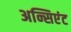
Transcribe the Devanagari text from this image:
अन्सिएंट